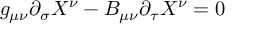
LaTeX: g _ { \mu \nu } \partial _ { \sigma } X ^ { \nu } - B _ { \mu \nu } \partial _ { \tau } X ^ { \nu } = 0